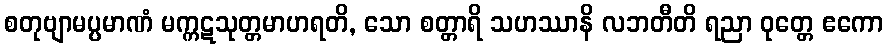
စတုဗျာမပ္ပမာဏံ မက္ကဋသုတ္တမာဟရတိ, သော စတ္တာရိ သဟဿာနိ လဘတီတိ ရညာ ဝုတ္တေ ဧကော